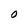
Character: O